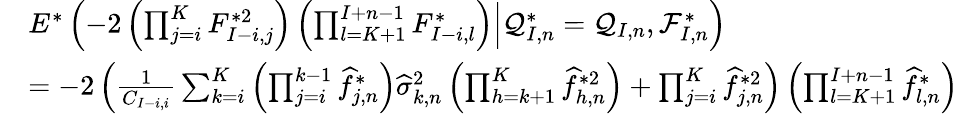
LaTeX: \begin{array}{rl}&{E^{*}\left(-2\left(\prod_{j=i}^{K}F_{I-i,j}^{*2}\right)\left(\prod_{l=K+1}^{I+n-1}F_{I-i,l}^{*}\right)\Big|\mathcal{Q}_{I,n}^{*}=\mathcal{Q}_{I,n},\mathcal{F}_{I,n}^{*}\right)}\\ &{=-2\left(\frac{1}{C_{I-i,i}}\sum_{k=i}^{K}\left(\prod_{j=i}^{k-1}\widehat f_{j,n}^{*}\right)\widehat\sigma_{k,n}^{2}\left(\prod_{h=k+1}^{K}\widehat f_{h,n}^{*2}\right)+\prod_{j=i}^{K}\widehat f_{j,n}^{*2}\right)\left(\prod_{l=K+1}^{I+n-1}\widehat f_{l,n}^{*}\right)}\end{array}